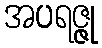
အပရဇ္ဇု